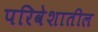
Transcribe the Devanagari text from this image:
परिवेशातील